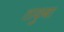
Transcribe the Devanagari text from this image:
ताकुबा